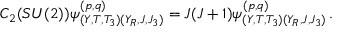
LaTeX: { \cal C } _ { 2 } ( S U ( 2 ) ) \psi _ { ( Y , T , T _ { 3 } ) ( Y _ { R } , J , J _ { 3 } ) } ^ { ( p , q ) } = J ( J + 1 ) \psi _ { ( Y , T , T _ { 3 } ) ( Y _ { R } , J , J _ { 3 } ) } ^ { ( p , q ) } \, .